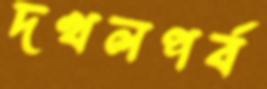
দখলপর্ব